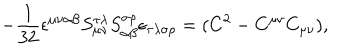
LaTeX: - \frac 1 { 3 2 } \epsilon ^ { \mu \nu \alpha \beta } { } S _ { \mu \nu } ^ { \tau \lambda } { } S _ { \alpha \beta } ^ { \sigma \rho } { } \epsilon _ { \tau \lambda \sigma \rho } = ( C ^ { 2 } - C ^ { \mu \nu } C _ { \mu \nu } ) ,